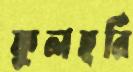
ফুলহরি